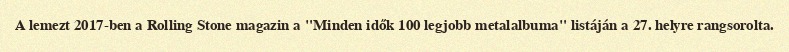
A lemezt 2017-ben a Rolling Stone magazin a "Minden idők 100 legjobb metalalbuma" listáján a 27. helyre rangsorolta.